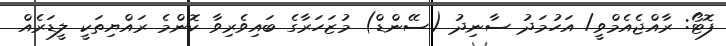
ފޮޓޯ: ރާއްޖެއެމްވީ/ އަހުމަދު ސާނިދު (ސޭންޑް) މުޒަހަރާގެ ބައިވެރިވާ ކޮންމެ ރައްޔިތަކީ ލީޑަރެއް